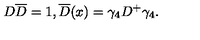
D \overline { { D } } = 1 , \overline { { D } } ( x ) = \gamma _ { 4 } D ^ { + } \gamma _ { 4 } .